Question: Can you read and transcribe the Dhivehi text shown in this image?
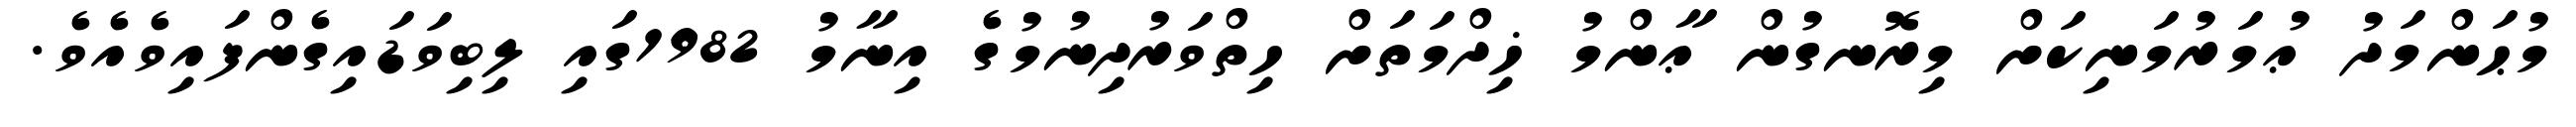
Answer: މުޙަންމަދު ޢުމަރުމަނިކަށް މިރޮނގުން ޢާންމު ޚިދްމަތަށް ހިތްވަރުދިނުމުގެ އިނާމު 1982ގައި ލިބިވަޑައިގެންފައިވެއެވެ.